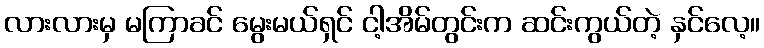
လားလားမှ မကြာခင် မွေးမယ်ရှင် ငါ့အိမ်တွင်းက ဆင်းကွယ်တဲ့ နှင်လေ့။